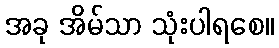
အခု အိမ်သာ သုံးပါရစေ။